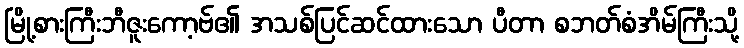
မြို့စားကြီးဘီဇူးကော့ဗ်၏ အသစ်ပြင်ဆင်ထားသော ပီတာ စဘတ်စံအိမ်ကြီးသို့